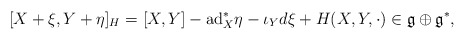
\begin{align*} [ X+\xi , Y + \eta ]_H = [X,Y] -\mathrm{ad}_X^*\eta -\iota_Yd\xi + H(X,Y,\cdot ) \in \mathfrak{g} \oplus \mathfrak{g}^*,\end{align*}